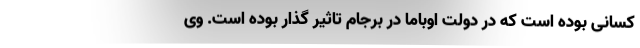
کسانی بوده است که در دولت اوباما در برجام تاثیر گذار بوده است. وی